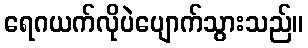
ရေဂယက်လိုပဲပျောက်သွားသည်။